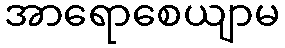
အာရောစေယျာမ